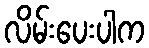
လိမ်းပေးပါက